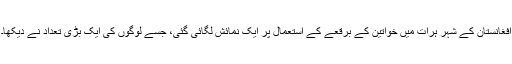
افغانستان کے شہر ہرات میں خواتین کے برقعے کے استعمال پر ایک نمائش لگائی گئی، جسے لوگوں کی ایک بڑی تعداد نے دیکھا۔